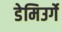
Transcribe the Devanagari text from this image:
डेमिउर्गे